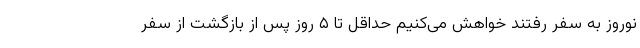
نوروز به سفر رفتند خواهش می‌کنیم حداقل تا ۵ روز پس از بازگشت از سفر